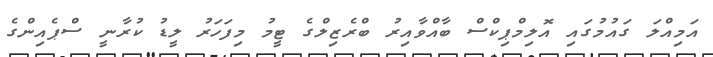
އަމިއްލަ ގައުމުގައި އޮލިމްޕިކްސް ބާއްވާއިރު ބްރެޒިލްގެ ޓީމު މިފަހަރު ލީޑު ކުރާނީ ސްޕެއިންގެ